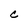
Character: c